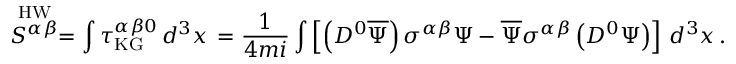
\stackrel { \mathrm { H W } } { S ^ { \alpha \beta } } = \int \tau _ { \mathrm { K G } } ^ { \alpha \beta 0 } \, d ^ { 3 } x \, = \frac { 1 } { 4 m i } \int \left[ \left( D ^ { 0 } \overline { { { \Psi } } } \right) \sigma ^ { \alpha \beta } \Psi - \overline { { { \Psi } } } \sigma ^ { \alpha \beta } \left( D ^ { 0 } \Psi \right) \right] \, d ^ { 3 } x \, .